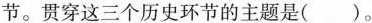
节。贯穿这三个历史环节的主题是()。